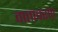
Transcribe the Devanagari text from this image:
वातावरण्